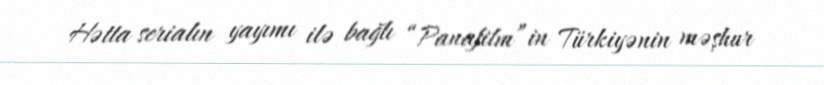
Hətta serialın yayımı ilə bağlı “Panafilm”in Türkiyənin məşhur